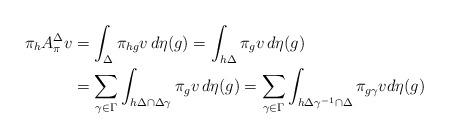
LaTeX: \begin{align*}\pi_hA^\Delta_\pi v &= \int_\Delta \pi_{hg}v\,d\eta(g)= \int_{h\Delta} \pi_{g}v\,d\eta(g)\\&= \sum_{\gamma \in \Gamma} \int_{h\Delta\cap \Delta \gamma } \pi_{g}v\,d\eta(g)=\sum_{\gamma\in\Gamma} \int_{h\Delta\gamma^{-1}\cap \Delta} \pi_{g\gamma } v d\eta(g)\end{align*}